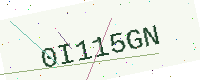
Text: 0I115GN